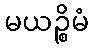
မယဉ္စိမံ